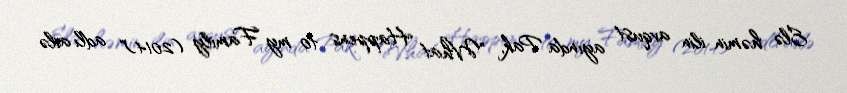
Elə həmin ilin avqust ayında Pak, "What Happens to my Family (2014)" adlı ailə